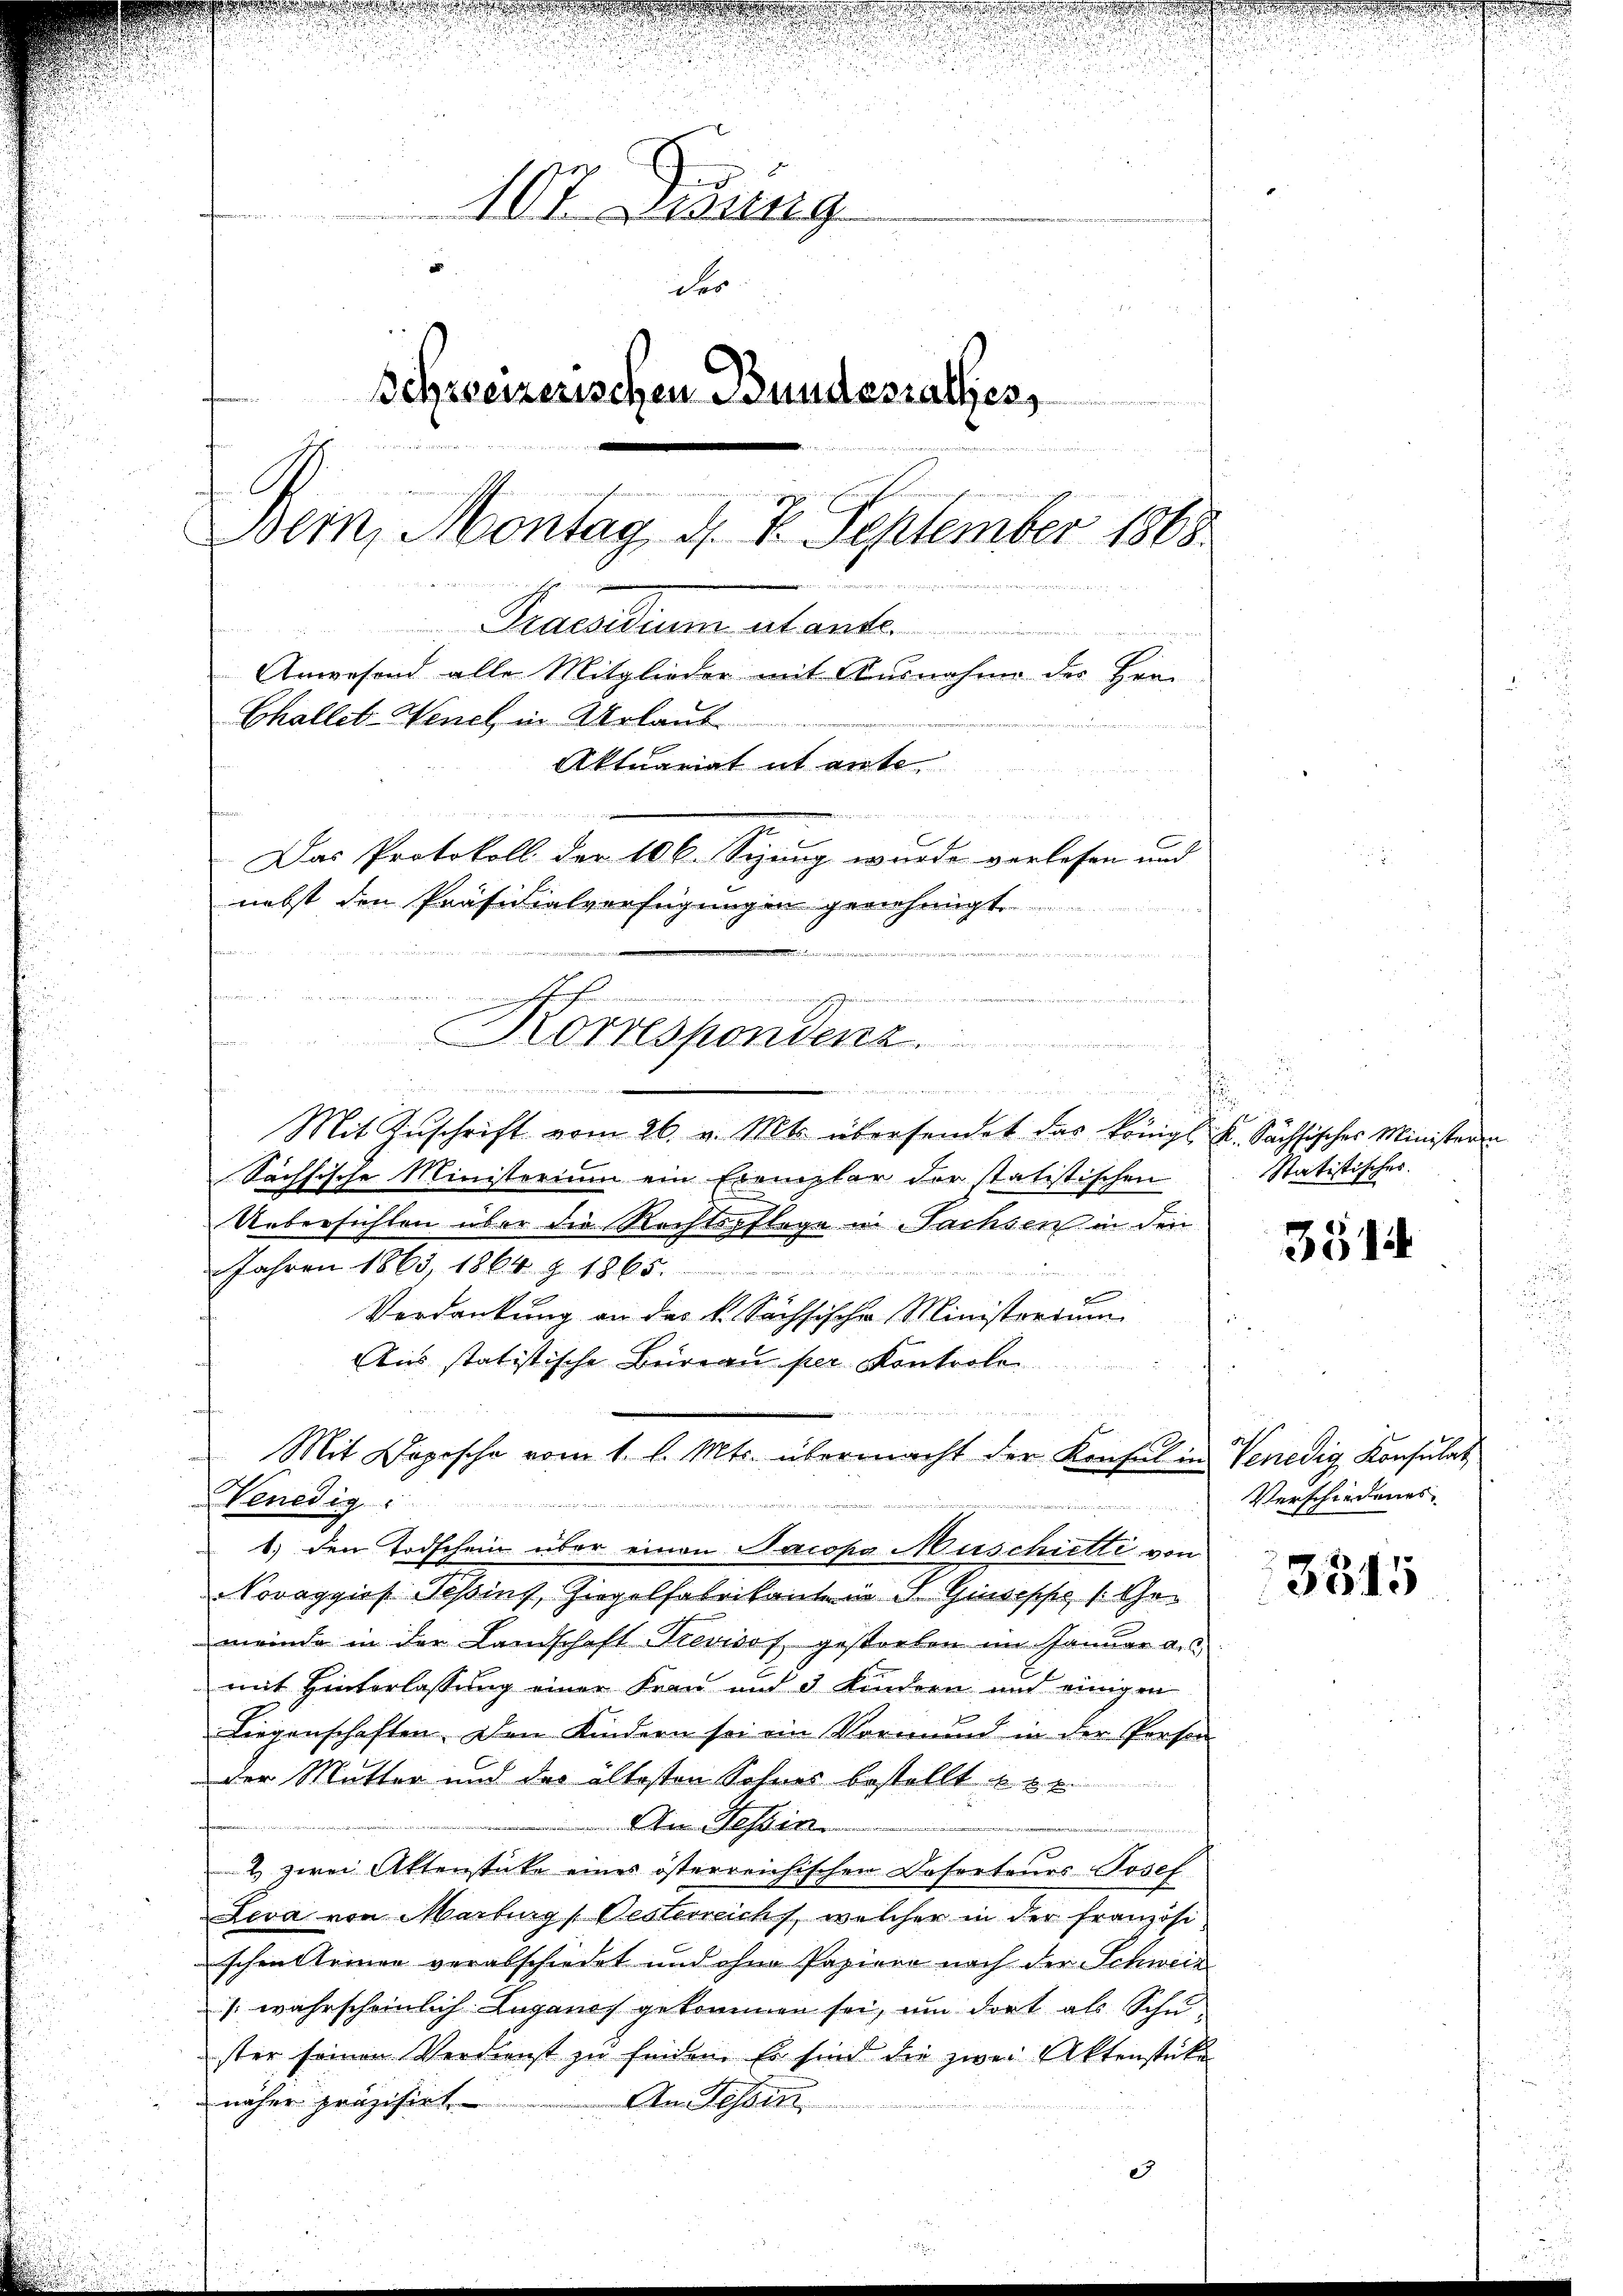
107. Lesung
der
Schweizerischen Bundesrathes,
ahen
Bein, Montag 4. K. September 1868
Precarium abante.
Anwesend alle Mitglieder mit Ausnahme des Herr
Challet-Wench in Urlaub.
Aktuariat it ente
n
Das Protokoll der 106. Sizung wurde verlesen und
nebst den Präsidialverfügungen genehmigt.

u

Korrespondenz

e

Venedig

Mit Dopische vom 1. l. Mts. übermacht der Konsul in Venedig Konsulat

e
de   An der in den
Mit Zuschrift vom 26. v. Mts. übersendet das Königl. K. Sächsisches Ministerin
Sächsische Ministerium ein Exemplar der statistischen
Ueberfühlen über die Rechtspflege in Sachsen in den
Jahren 1863, 1864 Z. 1865.
e
Verdankung an das k. Sächsische Ministorium
Aus statistische Briveau per Kontrole
1) den Todschein über einen Nacopa Muschietti von
Sorappies Teßing, Gigelfabrikanten J. Guseppe / Chomeinde in der Landschaft Previsof gestorben im Januar a.
mit Hinterlassung einer Frau und 3 Kindern und einigen
Liegenschaften. Den Kindern sei ein Vormund in der Person
der Mutter und des ältesten Sohnes bestellt u. s.
An Tessin
2 zwei Aktenstücke eines österreichischen Dosorteurs Josef
Leva von Marburg Oesterreich, welcher in der Französi
schen Steinen verabschiedet und ohne Papiere nach der Schweiz
/ wahrscheinlich Luganes gekommen sei, um dort als Schuster seinen Verdienst zu finden. Es sind die zwei Aktenstüke
näher präzisirt
An Tessin
27

Statistisches.

3514

Verschiedenes

3315